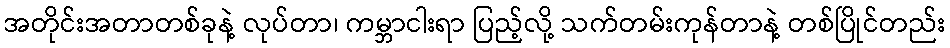
အတိုင်းအတာတစ်ခုနဲ့ လုပ်တာ၊ ကမ္ဘာငါးရာ ပြည့်လို့ သက်တမ်းကုန်တာနဲ့ တစ်ပြိုင်တည်း